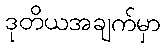
ဒုတိယအချက်မှာ